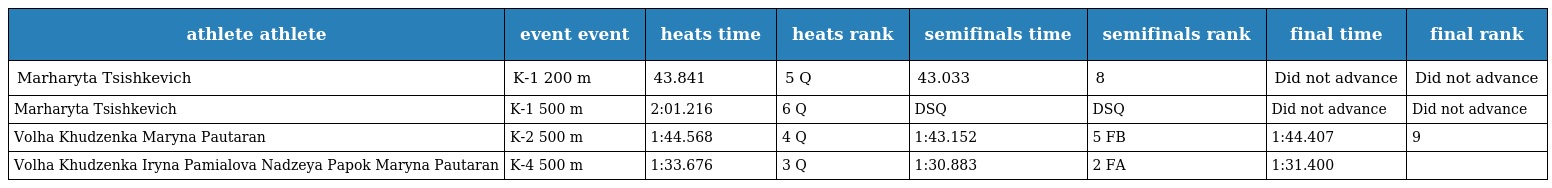
| athlete athlete | event event | heats time | heats rank | semifinals time | semifinals rank | final time | final rank |
 | --- | --- | --- | --- | --- | --- | --- | --- |
 | Marharyta Tsishkevich | K-1 200 m | 43.841 | 5 Q | 43.033 | 8 | Did not advance | Did not advance |
 | Marharyta Tsishkevich | K-1 500 m | 2:01.216 | 6 Q | DSQ | DSQ | Did not advance | Did not advance |
 | Volha Khudzenka Maryna Pautaran | K-2 500 m | 1:44.568 | 4 Q | 1:43.152 | 5 FB | 1:44.407 | 9 |
 | Volha Khudzenka Iryna Pamialova Nadzeya Papok Maryna Pautaran | K-4 500 m | 1:33.676 | 3 Q | 1:30.883 | 2 FA | 1:31.400 |  |